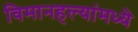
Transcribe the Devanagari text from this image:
विमानहल्यांमध्ये